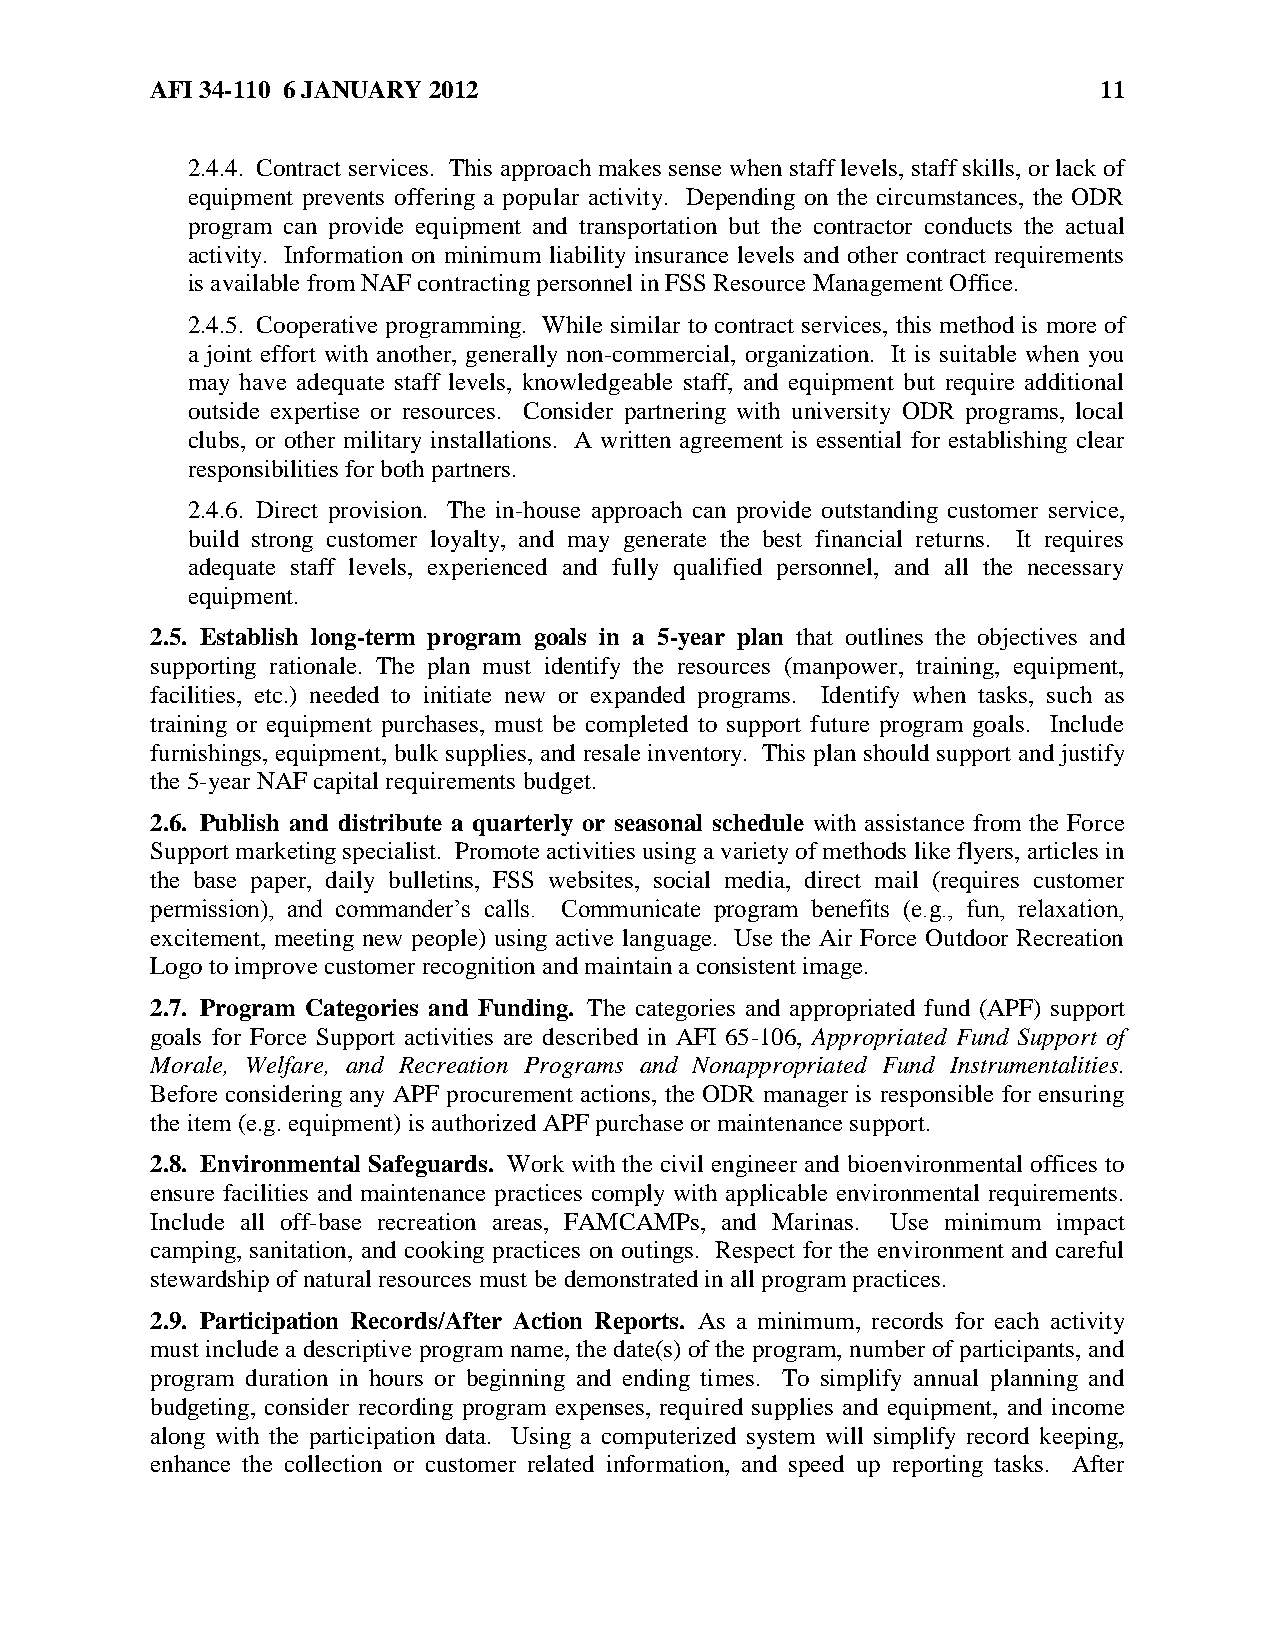
AFI 34-110 6 JANUARY 2012                                      11
 2.4.4. Contract services. This approach makes sense when staff levels, staff skills, or lack of
 equipment prevents offering a popular activity. Depending on the circumstances, the ODR
 program can provide equipment and transportation but the contractor conducts the actual
 activity. Information on minimum liability insurance levels and other contract requirements
 is available from NAF contracting personnel in FSS Resource Management Office.
 2.4.5. Cooperative programming. While similar to contract services, this method is more of
 a joint effort with another, generally non-commercial, organization. It is suitable when you
 may have adequate staff levels, knowledgeable staff, and equipment but require additional
 outside expertise or resources. Consider partnering with university ODR programs, local
 clubs, or other military installations. A written agreement is essential for establishing clear
 responsibilities for both partners.
 2.4.6. Direct provision. The in-house approach can provide outstanding customer service,
 build strong customer loyalty, and may generate the best financial returns. It requires
 adequate staff levels, experienced and fully qualified personnel, and all the necessary
 equipment.
 2.5. Establish long-term program goals in a 5-year plan that outlines the objectives and
 supporting rationale. The plan must identify the resources (manpower, training, equipment,
 facilities, etc.) needed to initiate new or expanded programs. Identify when tasks, such as
 training or equipment purchases, must be completed to support future program goals. Include
 furnishings, equipment, bulk supplies, and resale inventory. This plan should support and justify
 the 5-year NAF capital requirements budget.
 2.6. Publish and distribute a quarterly or seasonal schedule with assistance from the Force
 Support marketing specialist. Promote activities using a variety of methods like flyers, articles in
 the base paper, daily bulletins, FSS websites, social media, direct mail (requires customer
 permission), and commander’s calls. Communicate program benefits (e.g., fun, relaxation,
 excitement, meeting new people) using active language. Use the Air Force Outdoor Recreation
 Logo to improve customer recognition and maintain a consistent image.
 2.7. Program Categories and Funding. The categories and appropriated fund (APF) support
 goals for Force Support activities are described in AFI 65-106, Appropriated Fund Support of
 Morale, Welfare, and Recreation Programs and Nonappropriated Fund Instrumentalities.
 Before considering any APF procurement actions, the ODR manager is responsible for ensuring
 the item (e.g. equipment) is authorized APF purchase or maintenance support.
 2.8. Environmental Safeguards. Work with the civil engineer and bioenvironmental offices to
 ensure facilities and maintenance practices comply with applicable environmental requirements.
 Include all off-base recreation areas, FAMCAMPs, and Marinas. Use minimum impact
 camping, sanitation, and cooking practices on outings. Respect for the environment and careful
 stewardship of natural resources must be demonstrated in all program practices.
 2.9. Participation Records/After Action Reports. As a minimum, records for each activity
 must include a descriptive program name, the date(s) of the program, number of participants, and
 program duration in hours or beginning and ending times. To simplify annual planning and
 budgeting, consider recording program expenses, required supplies and equipment, and income
 along with the participation data. Using a computerized system will simplify record keeping,
 enhance the collection or customer related information, and speed up reporting tasks. After